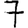
Digit: 7